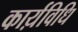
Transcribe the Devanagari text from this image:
कार्य़विधि